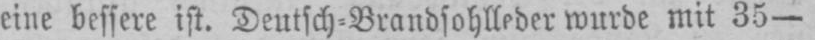
eine bessere ist. Deutsch-Brandsohlleder wurde mit 35-